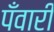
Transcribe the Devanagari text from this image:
पँवारी